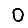
Digit: 0